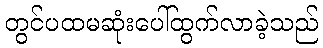
တွင်ပထမဆုံးပေါ်ထွက်လာခဲ့သည်